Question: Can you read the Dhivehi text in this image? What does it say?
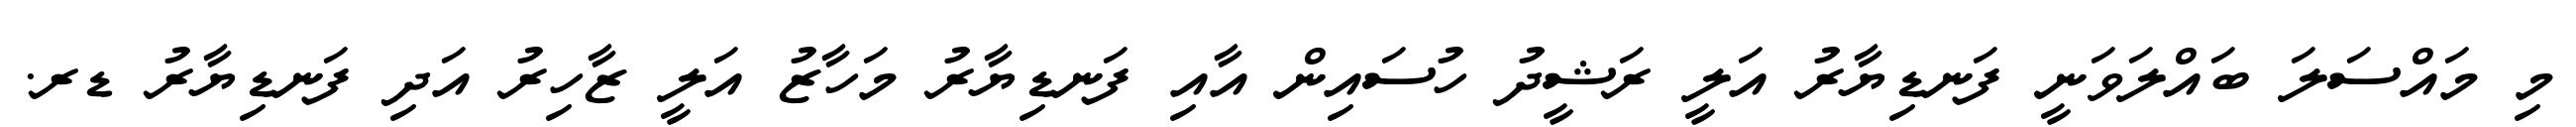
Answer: މި މައްސަލަ ބައްލަވަނީ ފަނޑިޔާރު އަލީ ރަޝީދު ހުސައިން އާއި ފަނޑިޔާރު މަހާޒު އަލީ ޒާހިރު އަދި ފަނޑިޔާރު ޑރ.